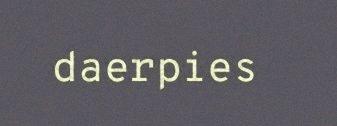
daerpies